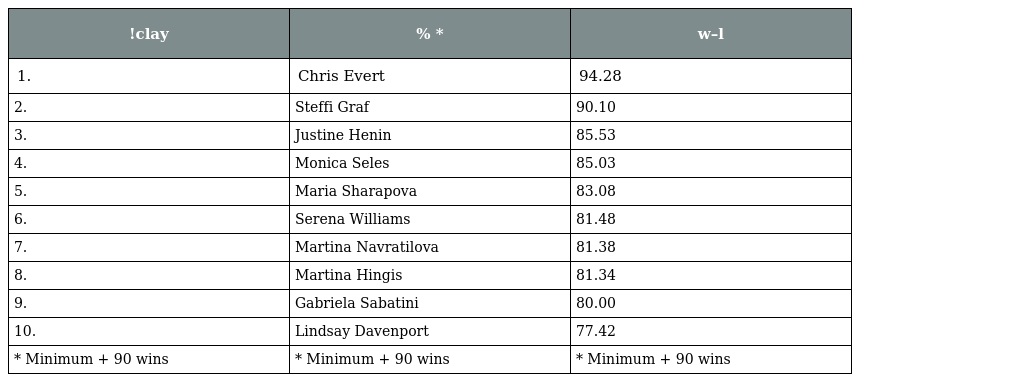
| !clay | % * | w–l |
 | --- | --- | --- |
 | 1. | Chris Evert | 94.28 |
 | 2. | Steffi Graf | 90.10 |
 | 3. | Justine Henin | 85.53 |
 | 4. | Monica Seles | 85.03 |
 | 5. | Maria Sharapova | 83.08 |
 | 6. | Serena Williams | 81.48 |
 | 7. | Martina Navratilova | 81.38 |
 | 8. | Martina Hingis | 81.34 |
 | 9. | Gabriela Sabatini | 80.00 |
 | 10. | Lindsay Davenport | 77.42 |
 | * Minimum + 90 wins | * Minimum + 90 wins | * Minimum + 90 wins |